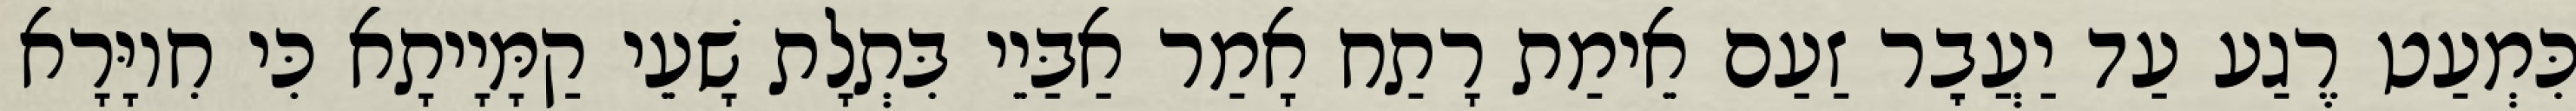
כִּמְעַט רֶגַע עַד יַעֲבׇר זַעַם אֵימַת רָתַח אָמַר אַבַּיֵי בִּתְלָת שָׁעֵי קַמָּיָיתָא כִּי חִיוָּרָא